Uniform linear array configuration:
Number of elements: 8
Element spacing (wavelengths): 0.75
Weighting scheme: binomial
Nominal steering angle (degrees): -60
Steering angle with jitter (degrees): -58.344
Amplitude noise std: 0.05
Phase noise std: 0.05

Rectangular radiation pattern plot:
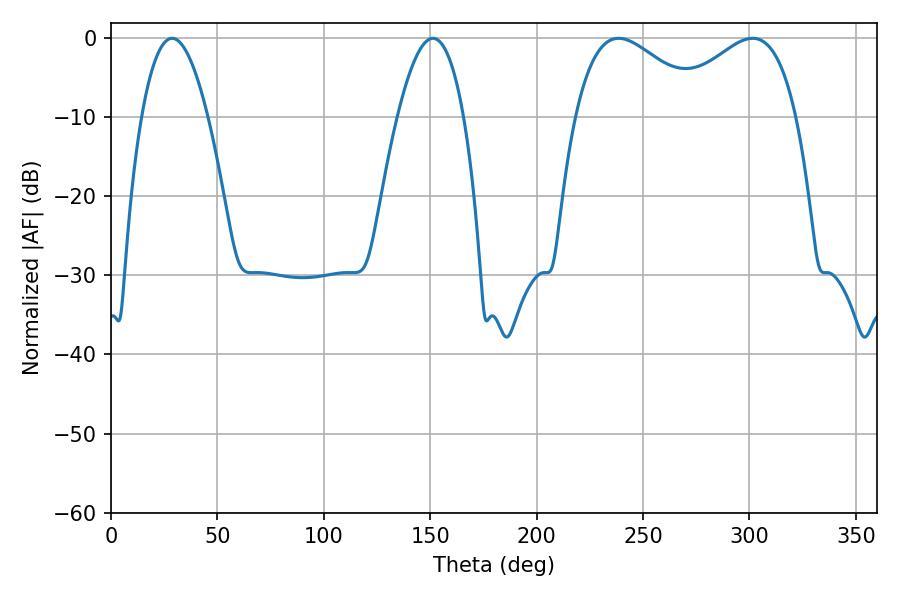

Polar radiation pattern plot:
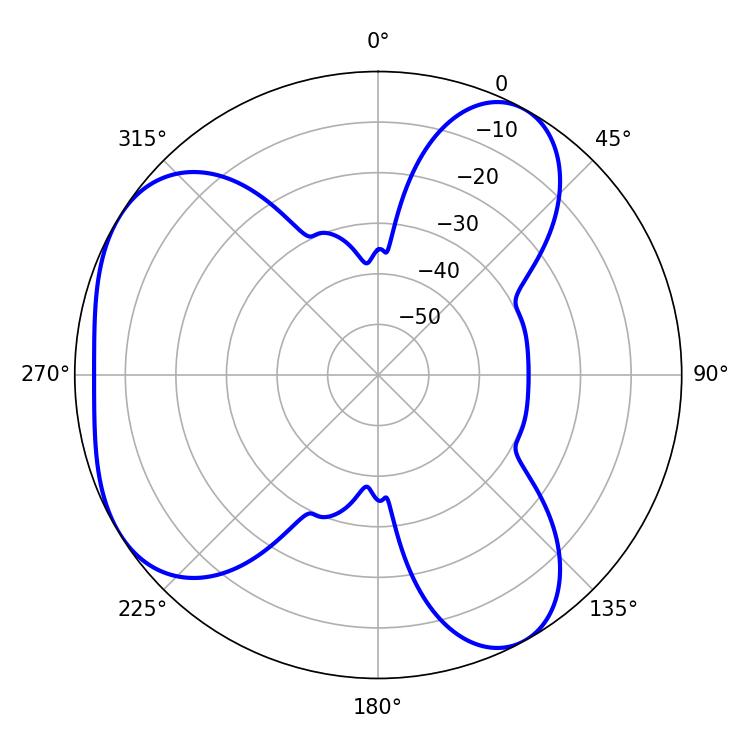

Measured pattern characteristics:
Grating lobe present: TRUE
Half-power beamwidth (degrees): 33.3
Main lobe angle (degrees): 238.5